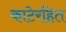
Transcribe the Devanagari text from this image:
काटेरहित